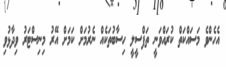
އެހެންވެ މަސައްކަތް ކުރައްވަނީ ތަފްސީލީ ހިސާބުތަކެއް ނެރުމަށް ކަމަށް އޭރު މިނިސްޓަރު ވިދާޅުވި